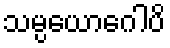
သမ္ပယောဂေါပိ